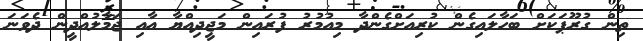
ތިން ގުރޫޕަކަށް ބަހާލައިގެން ކުރިއަށްގެންދާ މިއުމުރު ފުރައިން މަޖީދިއްޔާ އާއި ޖަމާލުއްދީން ދެވަނަ